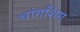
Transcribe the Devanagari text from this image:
चांगशिंग